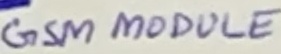
Text: GSM MODULE